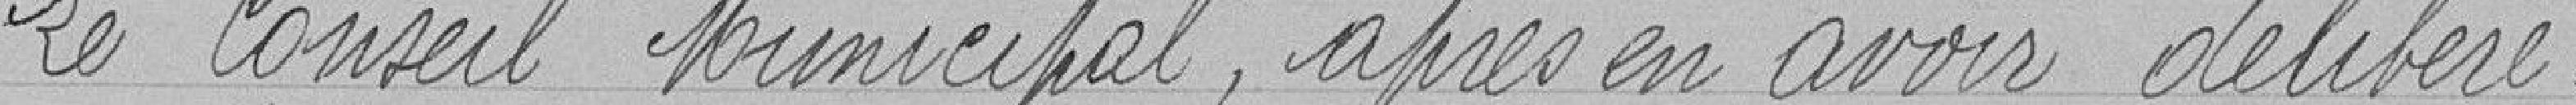
Le Conseil Municipal, après en avoir délibéré.